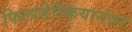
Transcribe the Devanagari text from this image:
फिलाडेल्फियानंतर